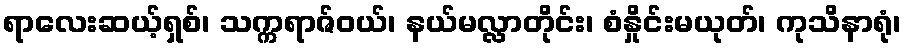
ရာလေးဆယ့်ရှစ်၊ သက္ကရာဇ်ဝယ်၊ နယ်မလ္လာတိုင်း၊ စံနှိုင်းမယုတ်၊ ကုသိနာရုံ၊